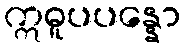
ဣဓူပပန္နော